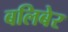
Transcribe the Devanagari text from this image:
बलिबेर